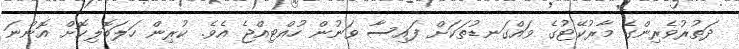
ދަތުރުވެރިންގެ މާރުކޭޓުގެ ވައްގަނޑުތަކަށް ފައިސާ ވަނުން ހުއްޓިއްޖެ އެވެ. ކުރިން ހަލަބޮލިކޮށް އޮންނަ